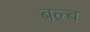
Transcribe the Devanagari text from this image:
बल्‍ब